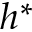
h ^ { * }